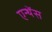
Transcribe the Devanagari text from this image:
एन्थेंस